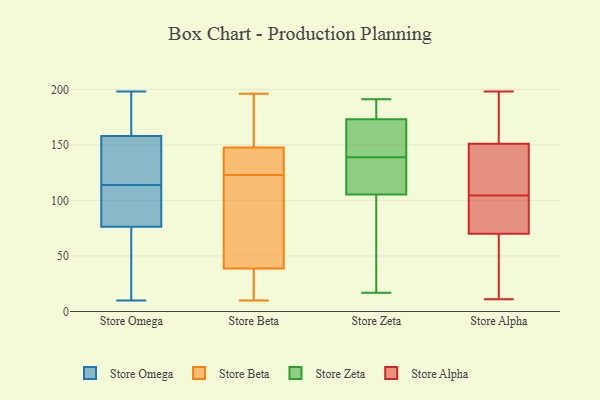
{"axis": {"x": "Budget (USD K)", "y": "Value"}, "legend": ["Store Alpha", "Store Beta", "Store Omega", "Store Zeta"], "data": [{"x": "", "y": 114, "type": "Store Omega"}, {"x": "", "y": 77, "type": "Store Omega"}, {"x": "", "y": 151, "type": "Store Omega"}, {"x": "", "y": 86, "type": "Store Omega"}, {"x": "", "y": 198, "type": "Store Omega"}, {"x": "", "y": 198, "type": "Store Omega"}, {"x": "", "y": 179, "type": "Store Omega"}, {"x": "", "y": 87, "type": "Store Omega"}, {"x": "", "y": 135, "type": "Store Omega"}, {"x": "", "y": 148, "type": "Store Omega"}, {"x": "", "y": 95, "type": "Store Omega"}, {"x": "", "y": 61, "type": "Store Omega"}, {"x": "", "y": 62, "type": "Store Omega"}, {"x": "", "y": 38, "type": "Store Omega"}, {"x": "", "y": 152, "type": "Store Omega"}, {"x": "", "y": 76, "type": "Store Omega"}, {"x": "", "y": 192, "type": "Store Omega"}, {"x": "", "y": 10, "type": "Store Omega"}, {"x": "", "y": 160, "type": "Store Omega"}, {"x": "", "y": 149, "type": "Store Beta"}, {"x": "", "y": 53, "type": "Store Beta"}, {"x": "", "y": 10, "type": "Store Beta"}, {"x": "", "y": 28, "type": "Store Beta"}, {"x": "", "y": 158, "type": "Store Beta"}, {"x": "", "y": 196, "type": "Store Beta"}, {"x": "", "y": 125, "type": "Store Beta"}, {"x": "", "y": 71, "type": "Store Beta"}, {"x": "", "y": 34, "type": "Store Beta"}, {"x": "", "y": 123, "type": "Store Beta"}, {"x": "", "y": 144, "type": "Store Beta"}, {"x": "", "y": 126, "type": "Store Zeta"}, {"x": "", "y": 149, "type": "Store Zeta"}, {"x": "", "y": 17, "type": "Store Zeta"}, {"x": "", "y": 28, "type": "Store Zeta"}, {"x": "", "y": 102, "type": "Store Zeta"}, {"x": "", "y": 139, "type": "Store Zeta"}, {"x": "", "y": 115, "type": "Store Zeta"}, {"x": "", "y": 148, "type": "Store Zeta"}, {"x": "", "y": 181, "type": "Store Zeta"}, {"x": "", "y": 191, "type": "Store Zeta"}, {"x": "", "y": 183, "type": "Store Zeta"}, {"x": "", "y": 11, "type": "Store Alpha"}, {"x": "", "y": 70, "type": "Store Alpha"}, {"x": "", "y": 95, "type": "Store Alpha"}, {"x": "", "y": 111, "type": "Store Alpha"}, {"x": "", "y": 198, "type": "Store Alpha"}, {"x": "", "y": 96, "type": "Store Alpha"}, {"x": "", "y": 151, "type": "Store Alpha"}, {"x": "", "y": 98, "type": "Store Alpha"}, {"x": "", "y": 133, "type": "Store Alpha"}, {"x": "", "y": 64, "type": "Store Alpha"}, {"x": "", "y": 62, "type": "Store Alpha"}, {"x": "", "y": 163, "type": "Store Alpha"}, {"x": "", "y": 65, "type": "Store Alpha"}, {"x": "", "y": 75, "type": "Store Alpha"}, {"x": "", "y": 122, "type": "Store Alpha"}, {"x": "", "y": 167, "type": "Store Alpha"}, {"x": "", "y": 168, "type": "Store Alpha"}, {"x": "", "y": 129, "type": "Store Alpha"}]}